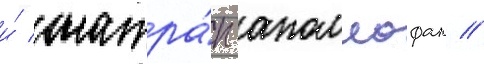
и́ сатра́п аполлофан //